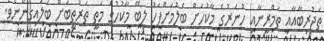
ތަޖުރިބާއާއި ތަމްރީނާއި ހުނަރުގެ މާކުހަށް ބެލުމަށްފަހު ލިބޭ މާކުހުގެ މަތީ ތަރުތީބަށް ބަލައިގެންނެވެ.